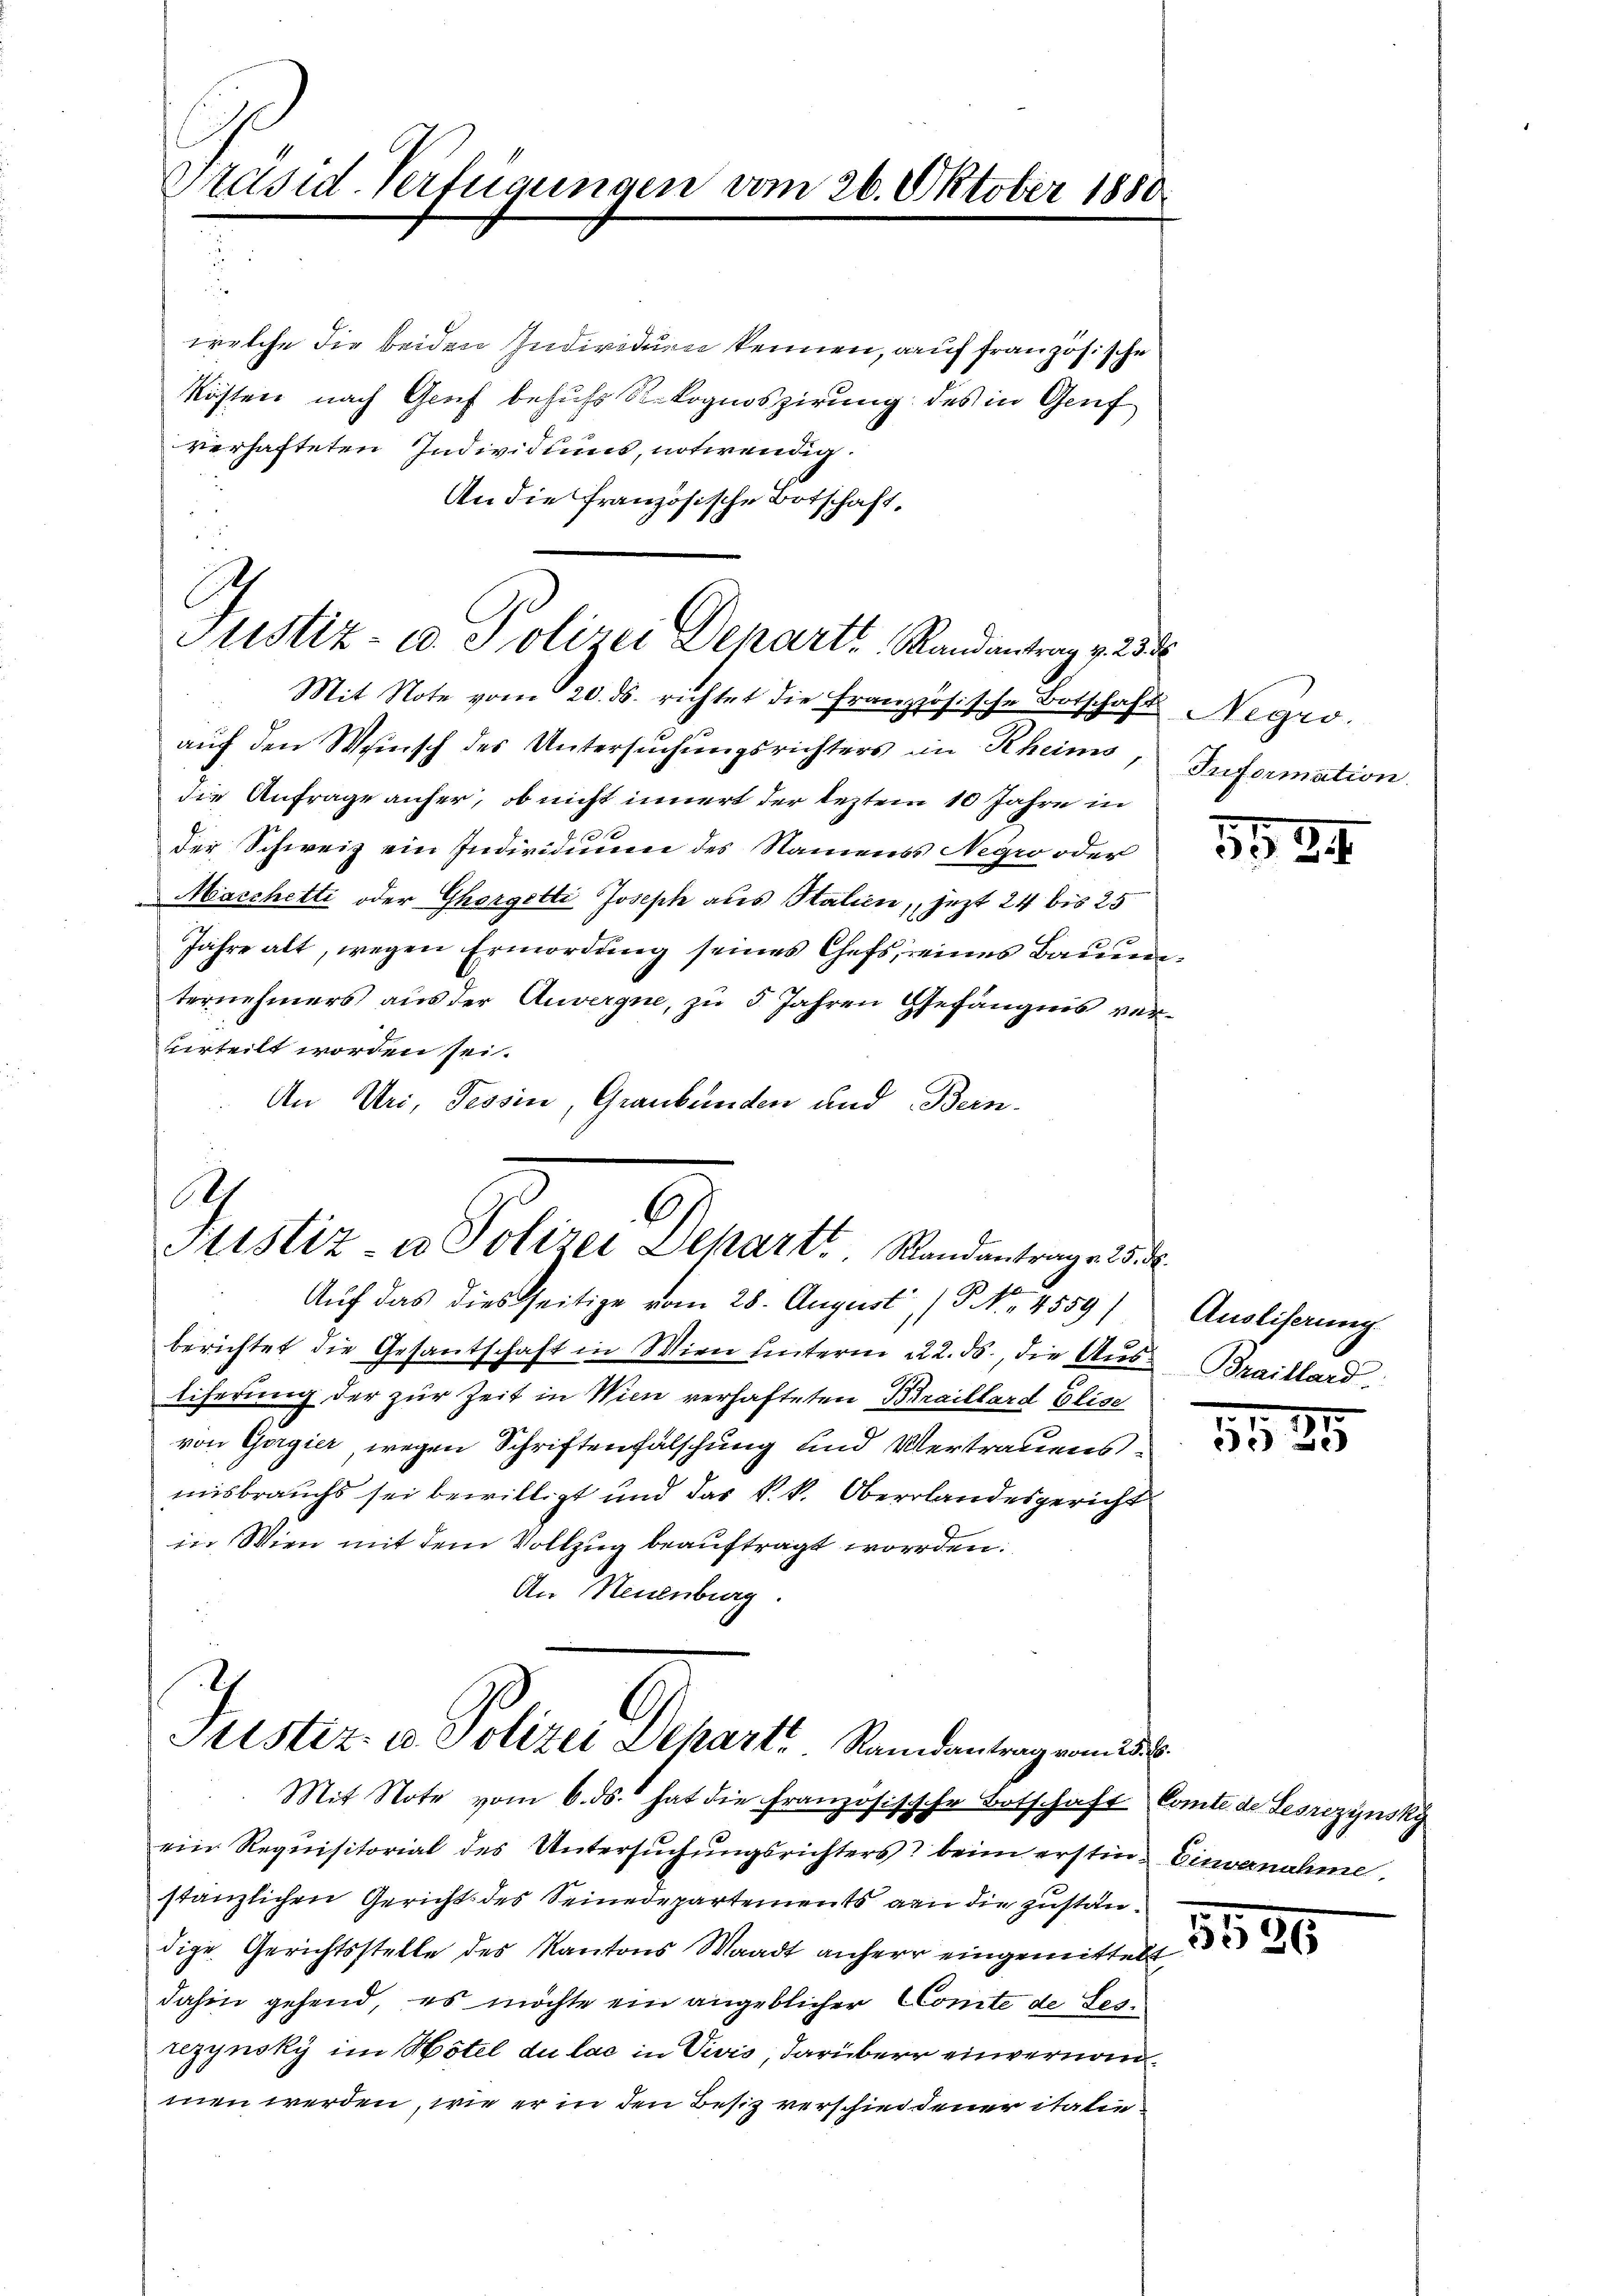
Präsid. Verfügungen vom 26. Oktober 1880

welche die beiden Individuen kennen, auf französische
Kösten nach Graf behufs Rekognoszirung des in Genf
verhafteten Individuums, notwendig.
An die französische Botschaft,
Mit Note vom 20. ds. richtet die Französische Botschaft
aŭf den Weinsch des Untersuchungsrichters im Rheims,
die Anfrage aufer, ob nicht innert der leztem 10 Jahre in
t
der Schweiz ein Individuum des Namenss Negio oder
Marchetti oder Ghorgetti Joseph aus Stalien, jezt 24 bis 25
Jahre alt, wegen Ermordung seines Chefs, eines Baum
ternehmers aus der Anvergne, zu 5 Jahren Gefängnis ververteilt worden sei.
An Uri, Tessin, Graubünden und Bern-

Justiz- u. Polizei Depart Randantrag v. 238

A
Itistiz- u Polizei Dekart, Randantrag. 25. d.

Auf das diesseitige vom 28. August, (P No. 4559)
berichtet die Gesantschaft in Wien unterm 222. ds., die Aus-Braillard,
liferung der zur Zeit in Wien verhafteten Piraillard Elise
von Gorgier wegen Schriftenfalschung und Vertrauens
misbrauchs sei bewilligt und das k. k. Oberlandesgericht
in Wien mit dem Vollzug beauftragt worden.
An Neuenburg

7
Justiz- u. Polizei Departe   Randantrag vom 23.

Mit Note vom 6. ds. hat die Französische Botschaft Comte de Lesrczynsky
ein Requisitorial des Untersŭchŭngsrichters beim erstin- Einvernahme.
stanzlichen Gericht des Seinedepartements an die zuständige Gerichtsstelle des Kantons Waadt anherr eingemittert
dahin gehend, es möchte ein angeblicher Comte de Sestezynsky im Hotel du lac in Vivis, darüber einvernanmen werden, wie er in den Besiz verschiedener italie¬

i

Negro.
Information.

3534

Ausliserung

1525